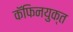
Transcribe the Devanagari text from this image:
कॅफिनयुक्त